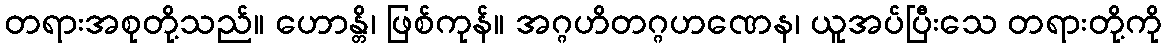
တရားအစုတို့သည်။ ဟောန္တိ၊ ဖြစ်ကုန်။ အဂ္ဂဟိတဂ္ဂဟဏေန၊ ယူအပ်ပြီးသေ တရားတို့ကို